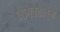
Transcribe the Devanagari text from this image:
भागवतातून